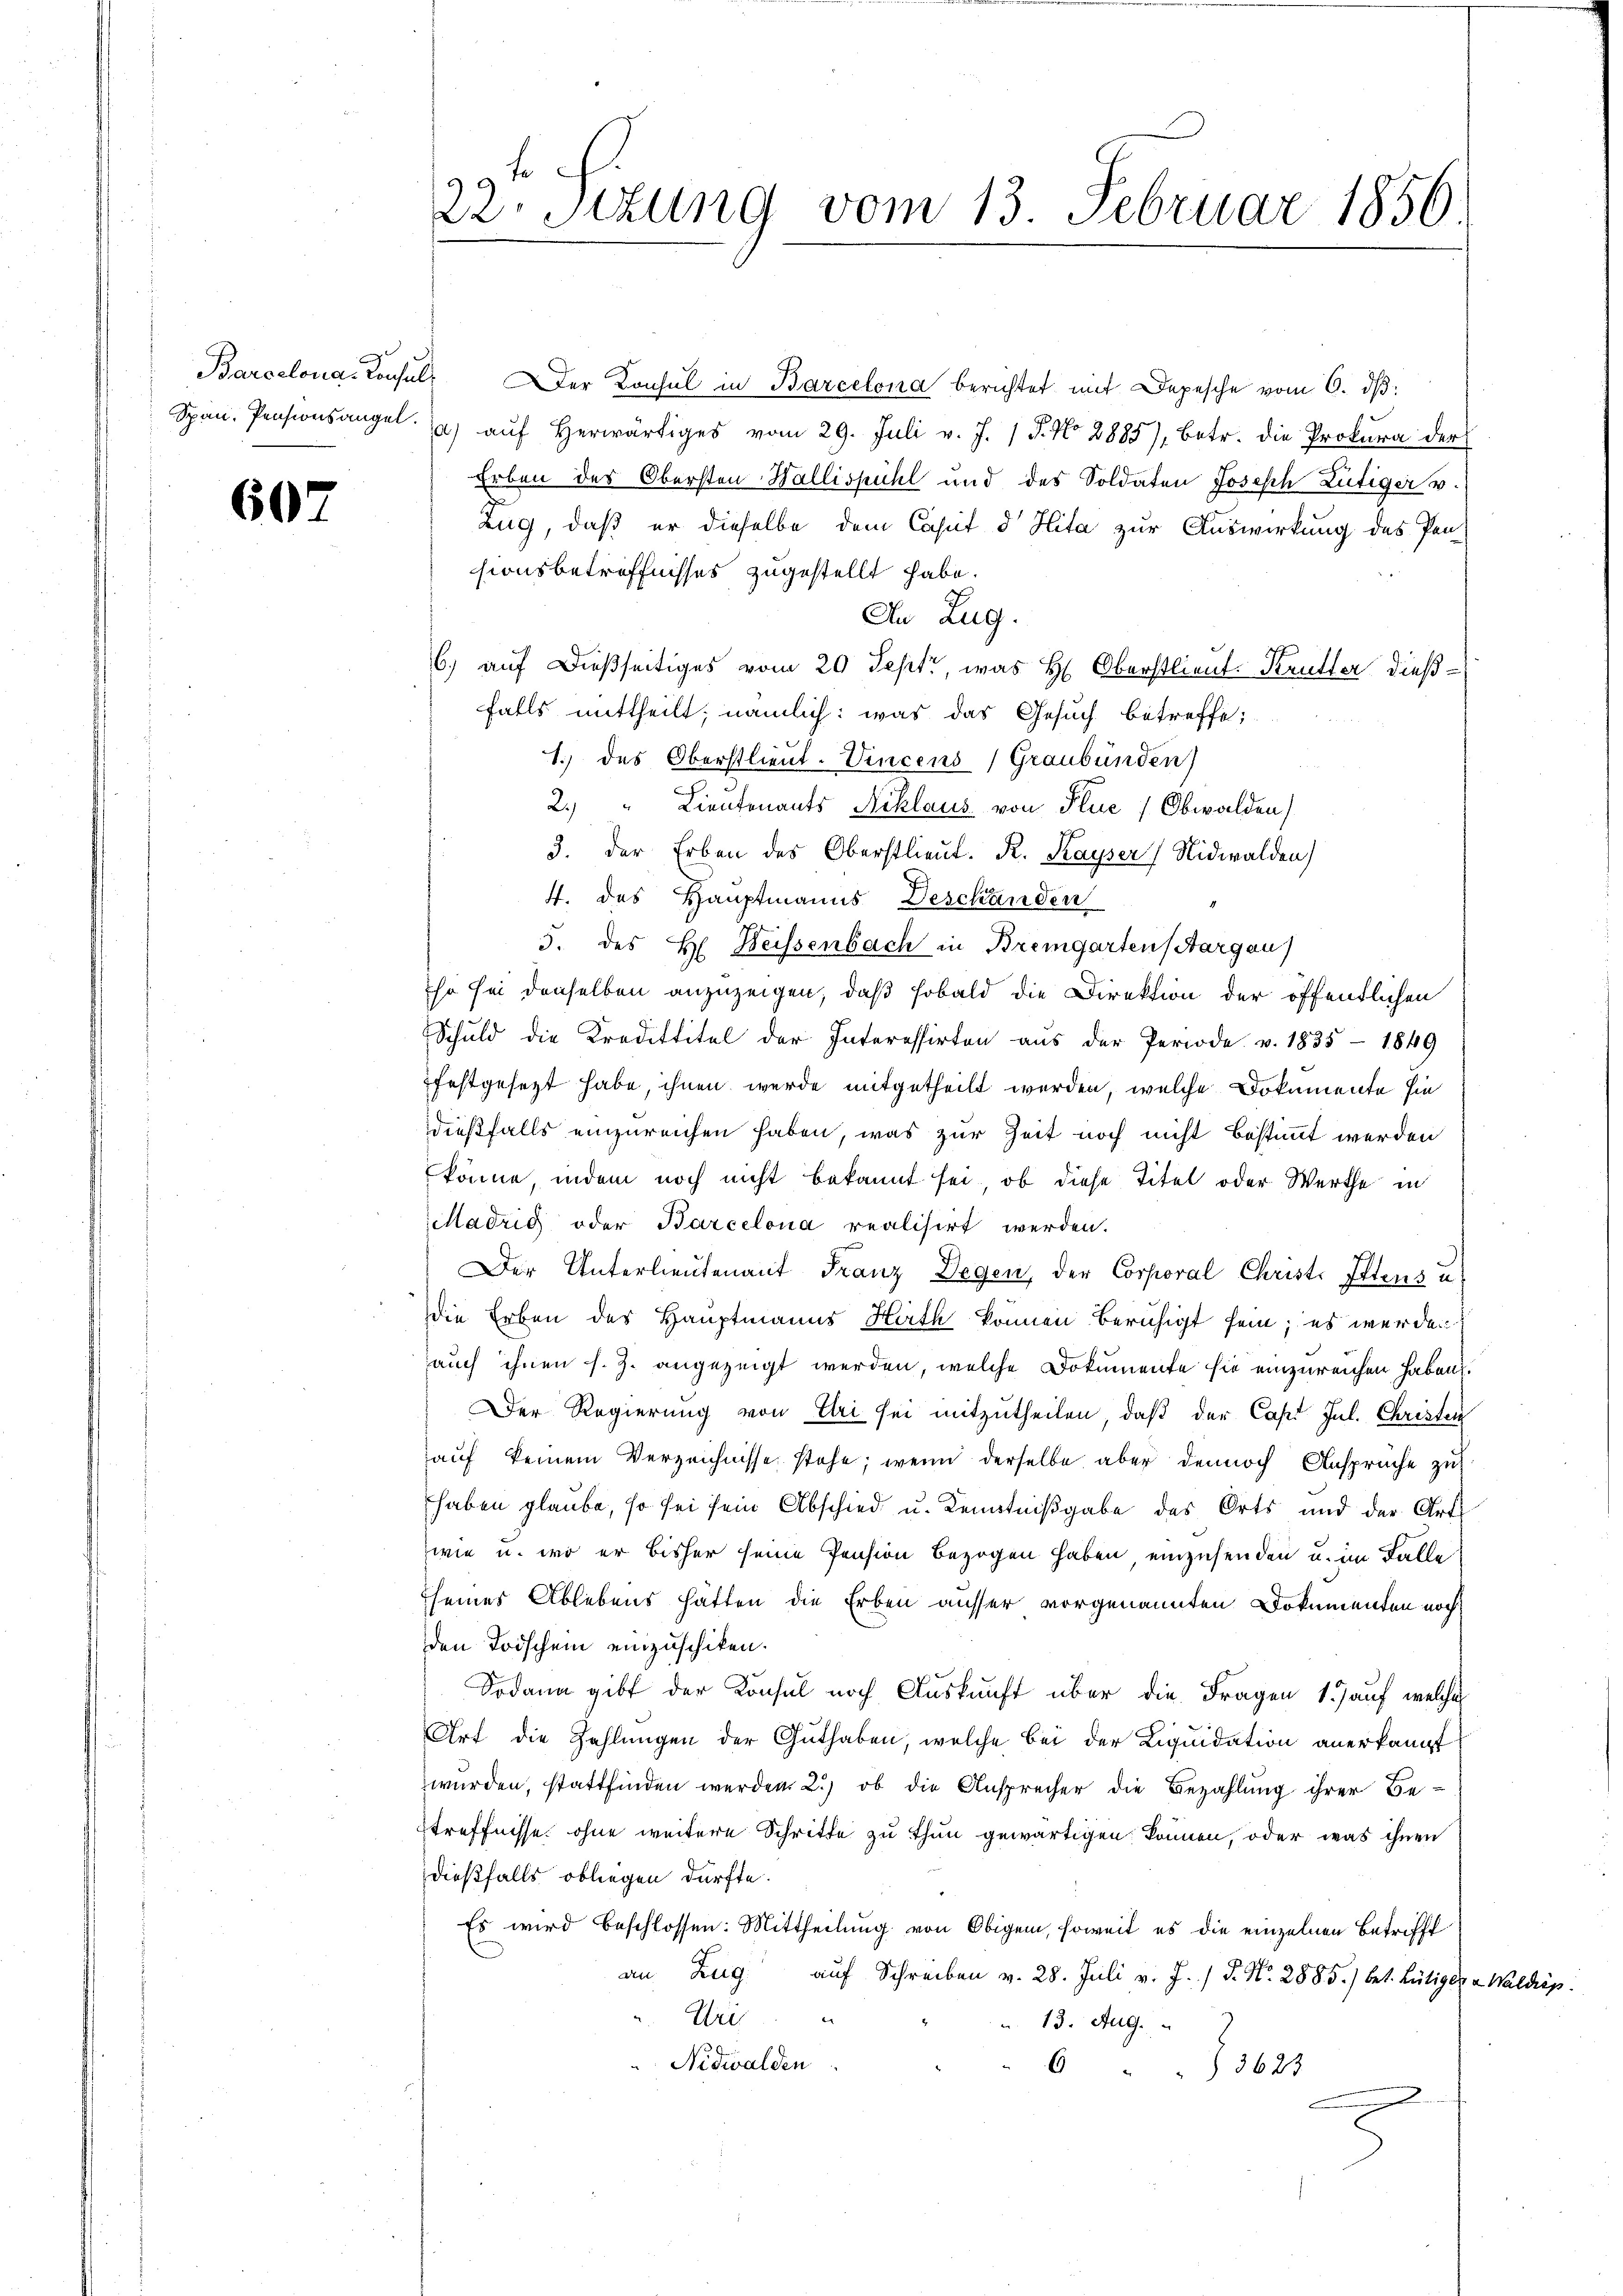
607

Barcelona. Consul der Konsul in Barcelona berichtet mit Depesche vom 6. dβ.
Span Pensionsangel. a) auf herwärtiges vom 29. Juli v. J. 1 P. No 2885/, betr. die Prokura der
Erben des Obersten Wallispühl und des Soldaten Joseph Lütiger u.
Zug, daß er dieselbe dem Caput d Hita zur Auswirkung des Pen-
sionsbetreffnisses zugestellt habe.
In Zug.
6.) auf dießseitiges vom 20 Sept, was H. Oberstlieut. Krutter dießfalls mittheilt; nämlich: was das Gesuch betreffe;
1. des Oberstlieut. Vincens (Graubünden)
2.) " Lieutenants Niklaus von Fluc (Obwalden)
3. der Erben des Oberstlieut. R. Kayser Nidwalden)
4. des Hauptmanns Deschänden
5. des H. Weissenbach in Bremgartens Aargau)
so sei denselben anzuzeigen, daß sobald die Direktion der öffentlichen
Schuld die Kredittitel der Interessirten aŭs der Periode v. 1835 - 1849
festgesetzt habe, ihnen werde mitgetheilt werden, welche Dokumente Eindießfalls einzureichen haben, was zur Zeit noch nicht bestimmt werden
könne, indem noch nicht bekannt sei, ob diese Titel oder Werthe in
Madrig oder Barcelona realisirt werden.
Der Unterlieutenant Franz Degen, der Corporal Christ. Itens u
die Erben des Hauptmanns Hirth können beruhigt sein; es werden
auch ihnen s. Z. angezeigt werden, welche Dokumente sie einzureichen haben.
Der Regierung von Ehri sei mitzutheilen, daß der Capt Jul. Christen
auf keinem Verzeichnisse stehe; wenn derselbe aber dennoch Ansprüche zu
haben glaube, so sei sein Abschied u. Kenntnißgabe des Orts und der Art
wie u. wo er bisher seine Pension bezogen haben, einzusenden u. im Falle
seines Ablebens hätten die Erben ausser vorgenannten Dokumenten noch
den Todschein einzuschiken.
Sodann gibt der Konsul noch Auskunft über die Fragen 1) auf welches
Art die Zahlungen der Guthaben, welche bei der Liquidation anerkannt
wurden, stattfinden werden 2) ob die Ansprecher die Bezahlung ihrer Be¬
Etreffnisse ohne weitere Schritte zu thun gewärtigen können, oder was ihnen
dießfalls obliegen dürfte.
Es wird beschlossen: Mittheilung von Obigem, soweit es die einzelnen Betrifft
an Zug auf Schreiben v. 28. Juli v. J. P. Nr. 2885.) bet. Bütiger v. Waldiep.
Wei
 13. Aug.
Nidwalden.
6
§ 3623

22. Sizung vom 13. Februar 1856.